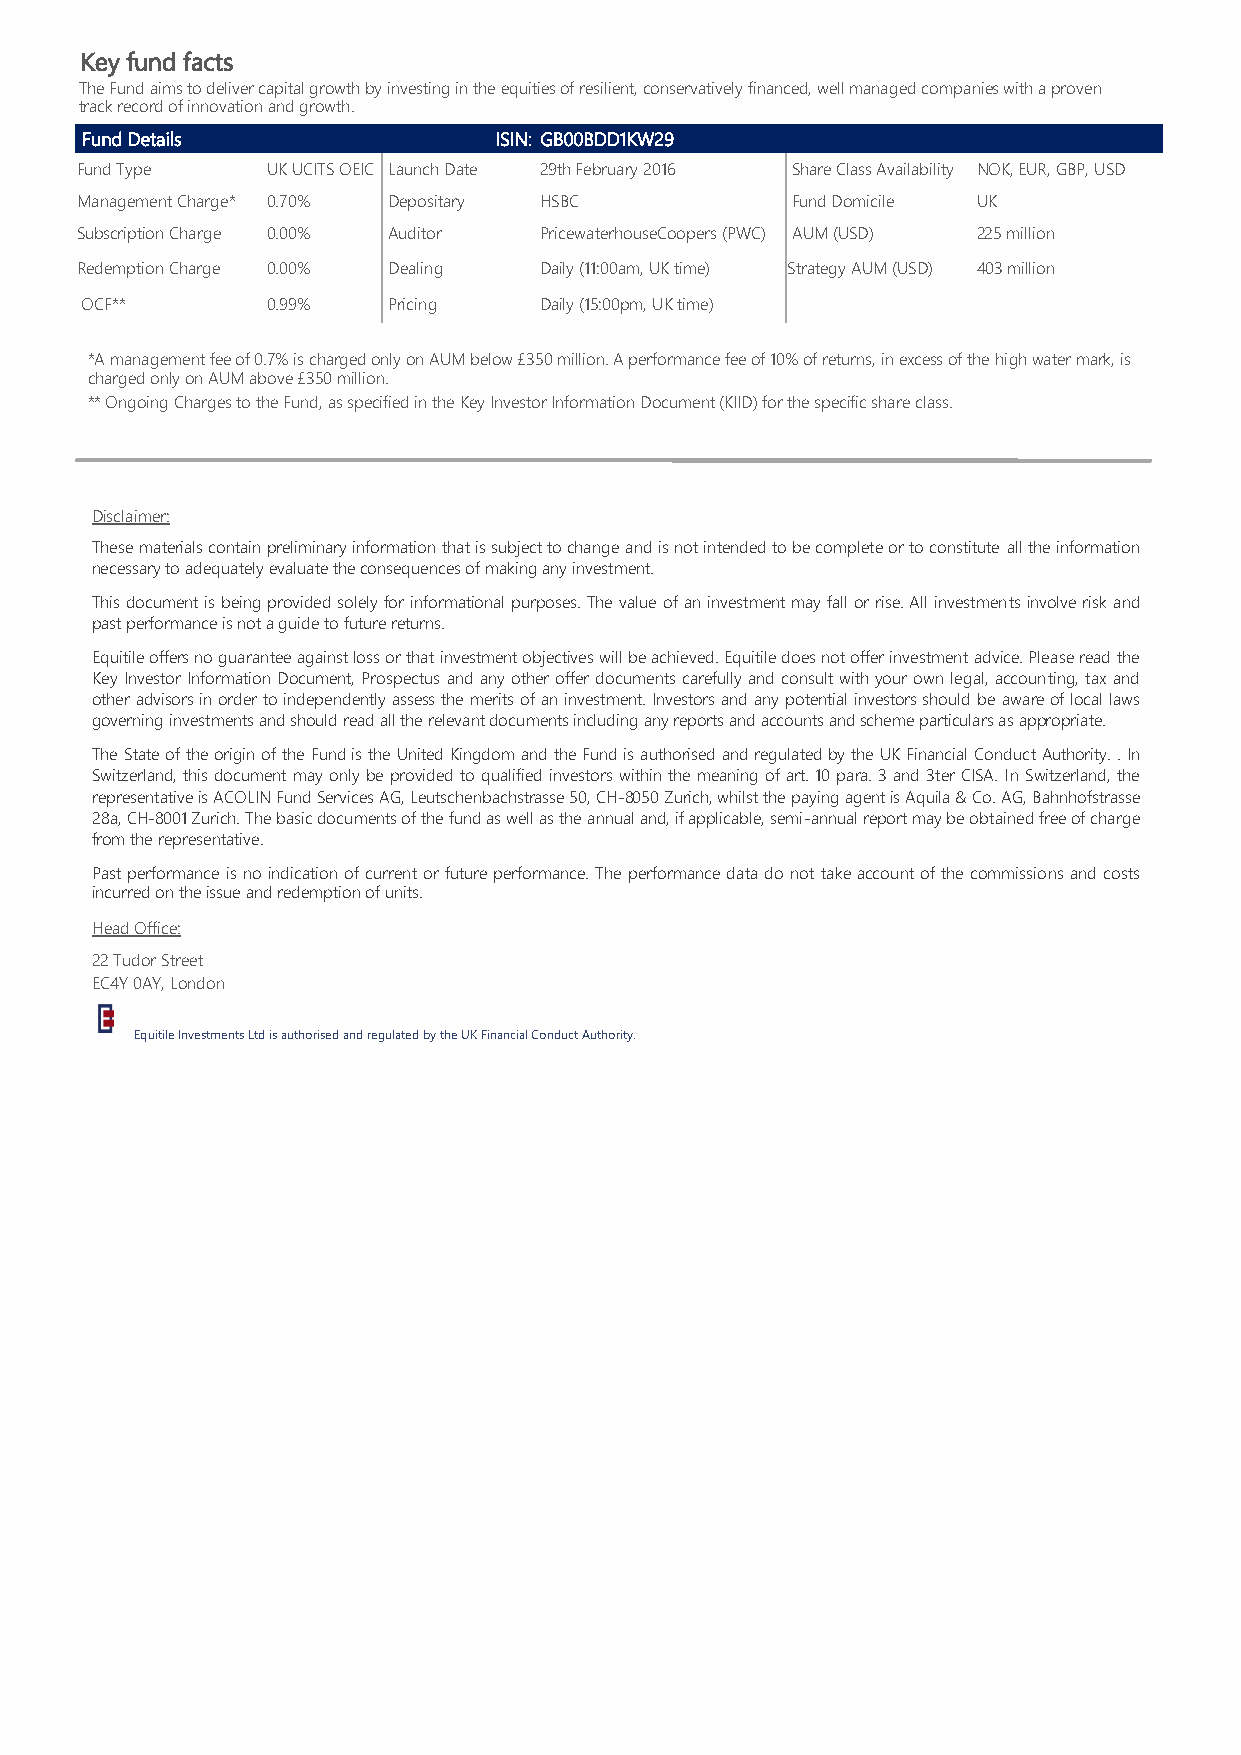
Key fund facts
 The Fund aims to deliver capital growth by investing in the equities of resilient, conservatively financed, well managed companies with a proven
 track record of innovation and growth.
 Fund Details                ISIN: GB00BDD1KW29
 Fund Type    UK UCITS OEIC Launch Date 29th February 2016 Share Class Availability NOK, EUR, GBP, USD
 Management Charge* 0.70% Depositary HSBC       Fund Domicile UK
 Subscription Charge 0.00% Auditor PricewaterhouseCoopers (PWC) AUM (USD) 225 million
 Redemption Charge 0.00% Dealing Daily (11:00am, UK time) Strategy AUM (USD) 403 million
 OCF**        0.99%   Pricing   Daily (15:00pm, UK time)
 *A management fee of 0.7% is charged only on AUM below £350 million. A performance fee of 10% of returns, in excess of the high water mark, is
 charged only on AUM above £350 million.
 ** Ongoing Charges to the Fund, as specified in the Key Investor Information Document (KIID) for the specific share class.
 Disclaimer:
 These materials contain preliminary information that is subject to change and is not intended to be complete or to constitute all the information
 necessary to adequately evaluate the consequences of making any investment.
 This document is being provided solely for informational purposes. The value of an investment may fall or rise. All investments involve risk and
 past performance is not a guide to future returns.
 Equitile offers no guarantee against loss or that investment objectives will be achieved. Equitile does not offer investment advice. Please read the
 Key Investor Information Document, Prospectus and any other offer documents carefully and consult with your own legal, accounting, tax and
 other advisors in order to independently assess the merits of an investment. Investors and any potential investors should be aware of local laws
 governing investments and should read all the relevant documents including any reports and accounts and scheme particulars as appropriate.
 The State of the origin of the Fund is the United Kingdom and the Fund is authorised and regulated by the UK Financial Conduct Authority. . In
 Switzerland, this document may only be provided to qualified investors within the meaning of art. 10 para. 3 and 3ter CISA. In Switzerland, the
 representative is ACOLIN Fund Services AG, Leutschenbachstrasse 50, CH-8050 Zurich, whilst the paying agent is Aquila & Co. AG, Bahnhofstrasse
 28a, CH-8001 Zurich. The basic documents of the fund as well as the annual and, if applicable, semi-annual report may be obtained free of charge
 from the representative.
 Past performance is no indication of current or future performance. The performance data do not take account of the commissions and costs
 incurred on the issue and redemption of units.
 Head Office:
 22 Tudor Street
 EC4Y 0AY, London
 Equitile Investments Ltd is authorised and regulated by the UK Financial Conduct Authority.